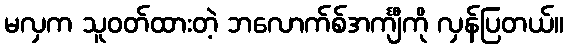
မလှက သူဝတ်ထားတဲ့ ဘလောက်စ်အင်္ကျီကို လှန်ပြတယ်။